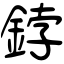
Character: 鋍